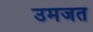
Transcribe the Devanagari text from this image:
उमजत